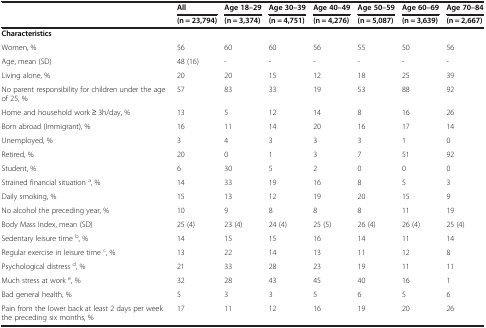
|  | All | Age 18–29 | Age 30–39 | Age 40–49 | Age 50–59 | Age 60–69 | Age 70–84 |
 |  | (n = 23,794) | (n = 3,374) | (n = 4,751) | (n = 4,276) | (n = 5,087) | (n = 3,639) | (n = 2,667) |
 | --- | --- | --- | --- | --- | --- | --- | --- |
 | Characteristics |  |  |  |  |  |  |  |
 | Women, % | 56 | 60 | 60 | 56 | 55 | 50 | 56 |
 | Age, mean (SD) | 48 (16) | - | - | - | - | - | - |
 | Living alone, % | 20 | 20 | 15 | 12 | 18 | 25 | 39 |
 | No parent responsibility for children under the age of 25, % | 57 | 83 | 33 | 19 | 53 | 88 | 92 |
 | Home and household work ≥ 3h/day, % | 13 | 5 | 12 | 14 | 8 | 16 | 26 |
 | Born abroad (Immigrant), % | 16 | 11 | 14 | 20 | 16 | 17 | 14 |
 | Unemployed, % | 3 | 4 | 3 | 3 | 3 | 1 | 0 |
 | Retired, % | 20 | 0 | 1 | 3 | 7 | 51 | 92 |
 | Student, % | 6 | 30 | 5 | 2 | 0 | 0 | 0 |
 | Strained financial situation a, % | 14 | 33 | 19 | 16 | 8 | 5 | 3 |
 | Daily smoking, % | 15 | 13 | 12 | 19 | 20 | 15 | 9 |
 | No alcohol the preceding year, % | 10 | 9 | 8 | 8 | 8 | 11 | 19 |
 | Body Mass Index, mean (SD) | 25 (4) | 23 (4) | 24 (4) | 25 (5) | 26 (4) | 26 (4) | 25 (4) |
 | Sedentary leisure time b, % | 14 | 15 | 15 | 16 | 14 | 11 | 14 |
 | Regular exercise in leisure time c, % | 13 | 22 | 14 | 13 | 11 | 12 | 8 |
 | Psychological distress d, % | 21 | 33 | 28 | 23 | 19 | 11 | 11 |
 | Much stress at work e, % | 32 | 28 | 43 | 45 | 40 | 16 | 1 |
 | Bad general health, % | 5 | 3 | 3 | 5 | 6 | 5 | 6 |
 | Pain from the lower back at least 2 days per week the preceding six months, % | 17 | 11 | 12 | 16 | 19 | 20 | 26 |